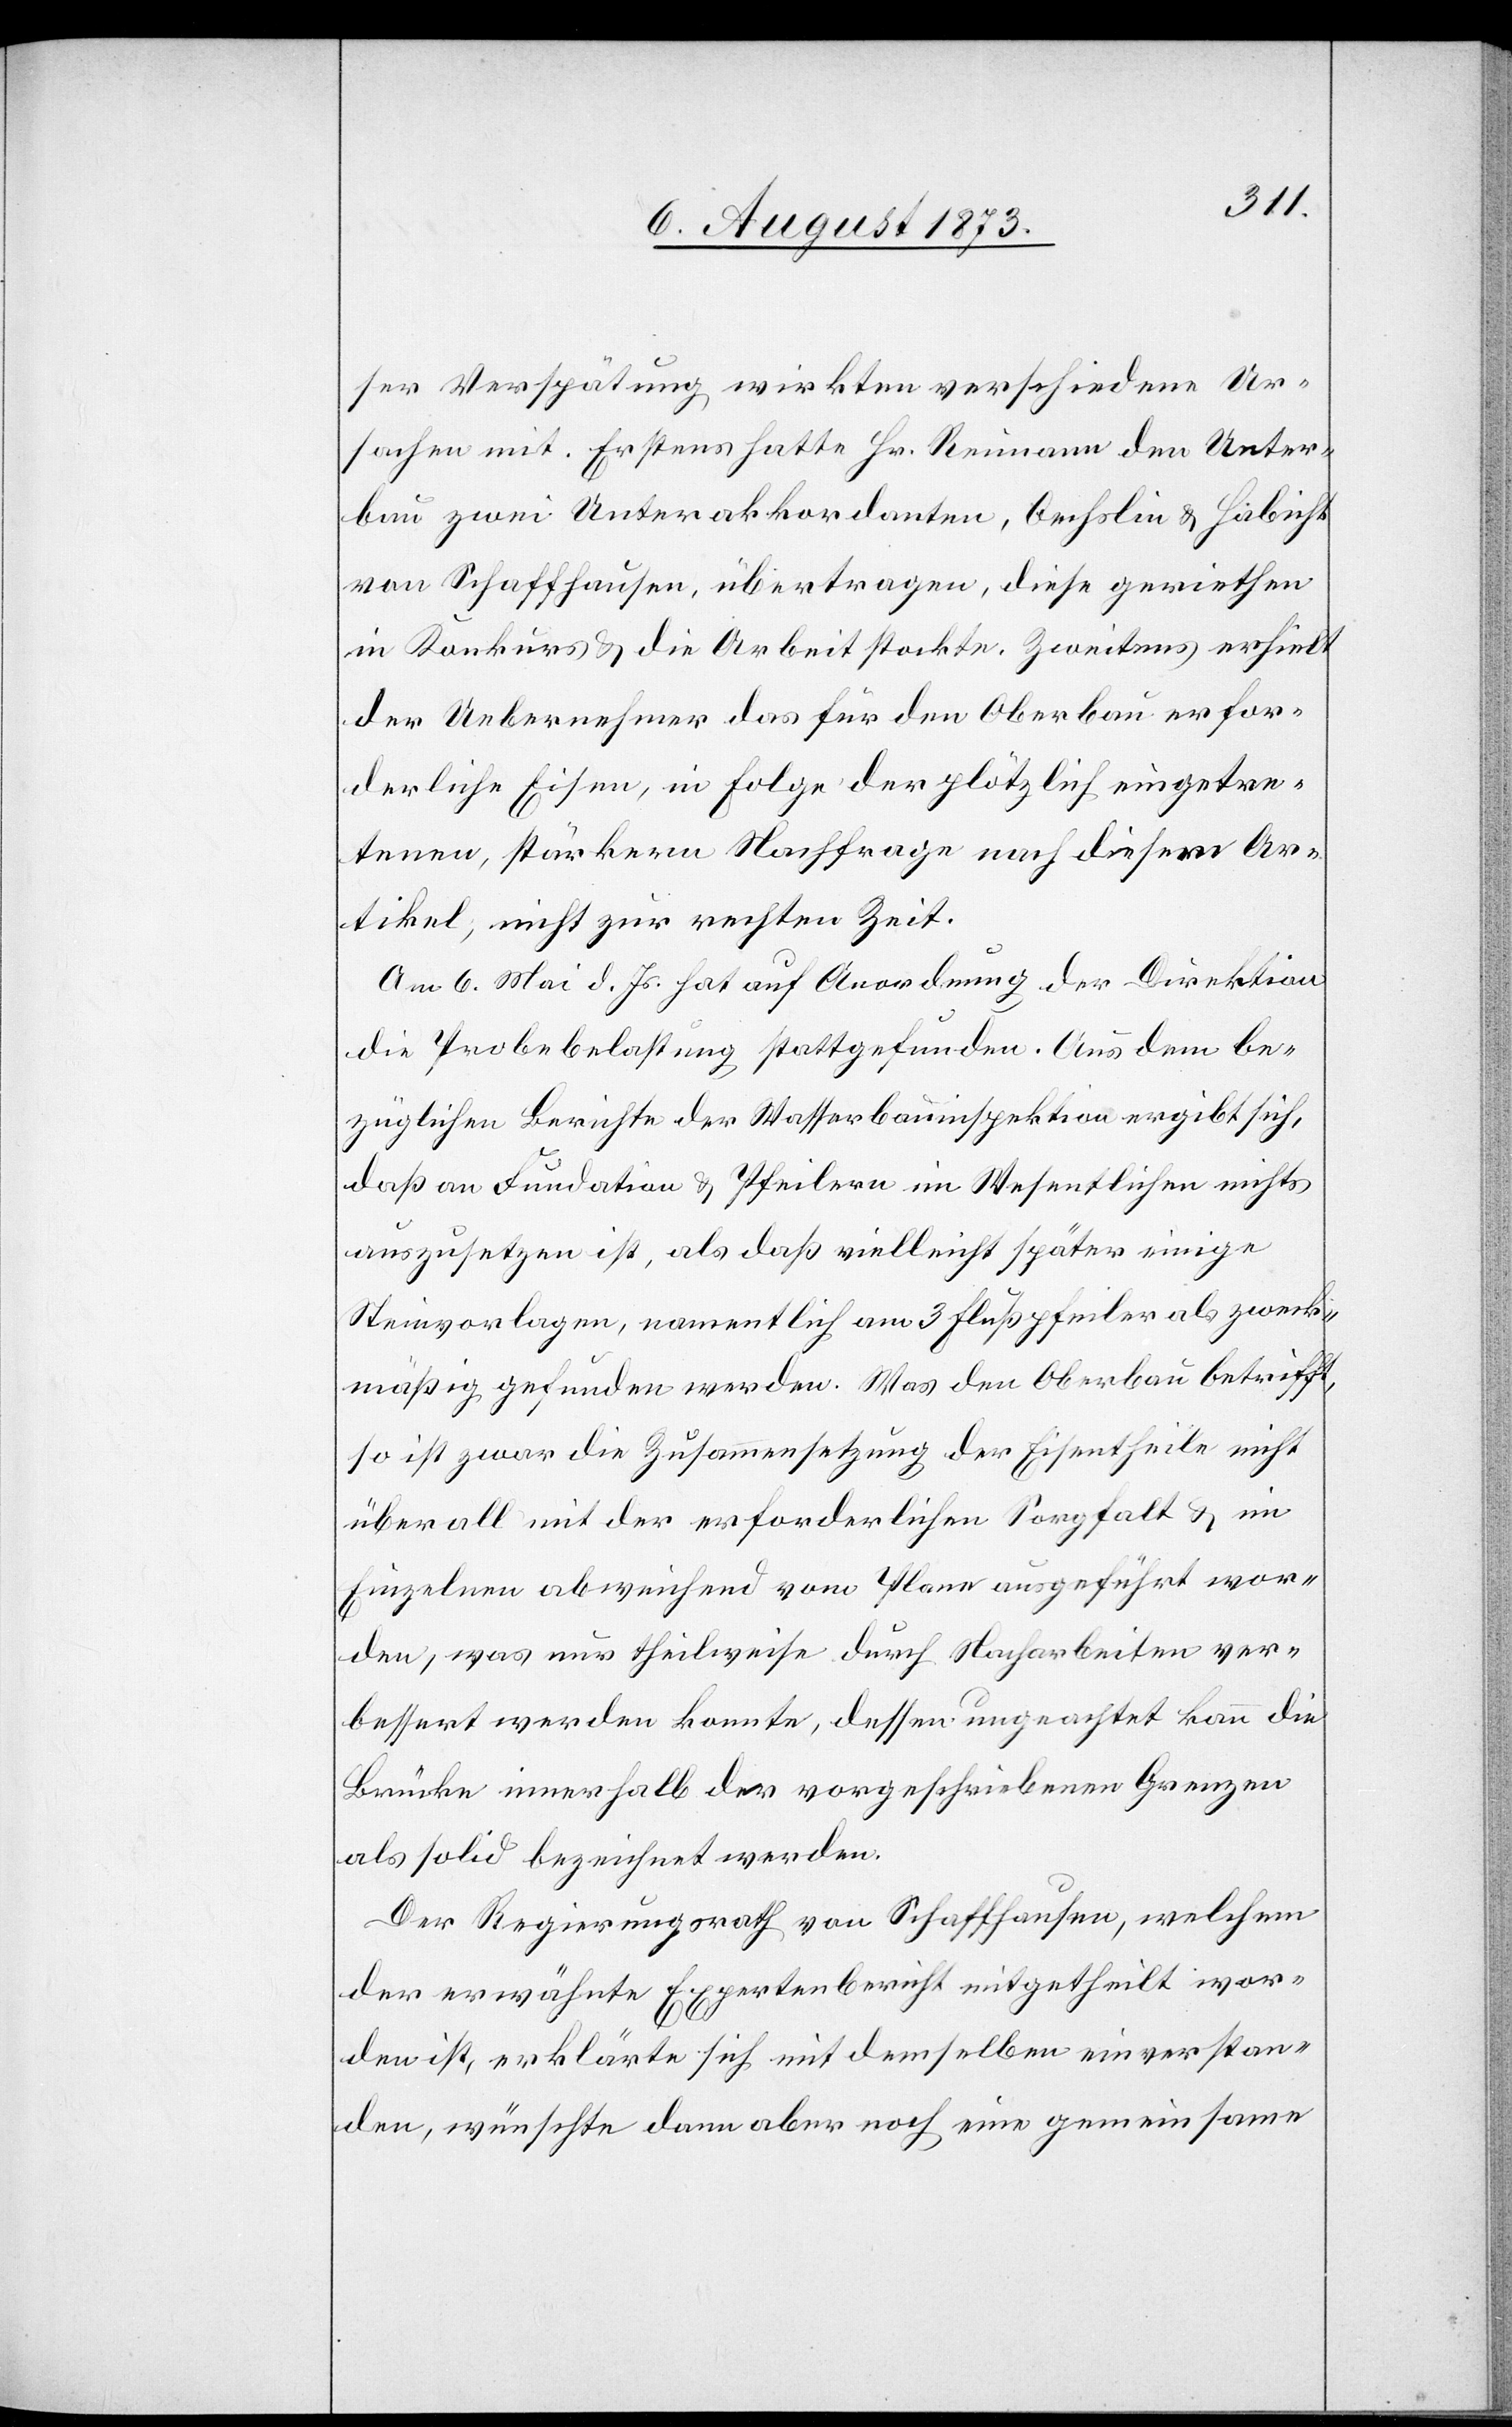
ser Verspätung wirkten verschiedene Ur¬
sachen mit. Erstens hatte Hr. Reimann den Unter¬
bau zwei Unterakkordanten, Oechslin & Habicht
von Schaffhausen, übertragen, diese geriethen
in Konkurs & die Arbeit stockte. Zweitens erhielt
der Uebernehmer das für den Oberbau erfor¬
derliche Eisen, in Folge der plötzlich eingetre¬
tenen, stärkeren Nachfrage nach diesem Ar¬
tikel, nicht zur rechten Zeit.
Am 6. Mai d. Js. hat auf Anordnung der Direktion
die Probebelastung stattgefunden. Aus dem be¬
züglichen Berichte der Wasserbauinspektion ergibt sich,
daß an Fundation & Pfeilern im Wesentlichen nichts
auszusetzen ist, als daß vielleicht später einige
Steinvorlagen, namentlich am 3[.] Flußpfeiler als zweck¬
mäßig gefunden werden. Was den Oberbau betrifft,
so ist zwar die Zusammensetzung der Eisentheile nicht
überall mit der erforderlichen Sorgfalt & im
Einzelnen abweichend vom Plane ausgeführt wor¬
den, was nur theilweise durch Nacharbeiten ver¬
bessert werden konnte, dessen ungeachtet kann die
Brücke innerhalb der vorgeschriebenen Grenzen
als solid bezeichnet werden.
Der Regierungsrath von Schaffhausen, welchem
der erwähnte Expertenbericht mitgetheilt wor¬
den ist, erklärte sich mit demselben einverstan¬
den, wünschte dann aber noch eine gemeinsame